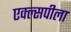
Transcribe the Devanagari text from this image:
एक्ल्सपीला